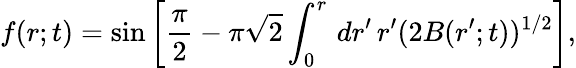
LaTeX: f(r;t)=\sin\bigg[\frac{\pi}{2}-\pi\sqrt{2}\int_{0}^{r}\, dr^{\prime}\, r^{\prime}(2B(r^{\prime};t))^{1/2}\bigg],